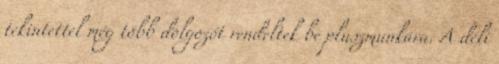
tekintettel még több dolgozót rendeltek be pluszmunkára. A déli